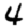
Digit: 4